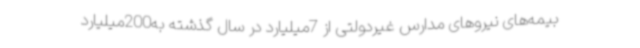
بیمه‌های نیروهای مدارس غیردولتی از 7میلیارد در سال گذشته به200میلیارد